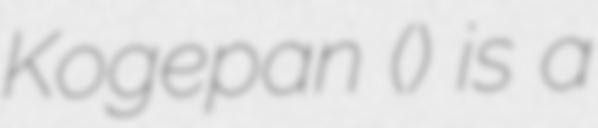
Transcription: Kogepan (こげぱん) is a